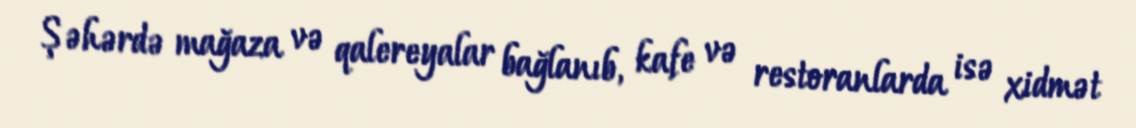
Şəhərdə mağaza və qalereyalar bağlanıb, kafe və restoranlarda isə xidmət